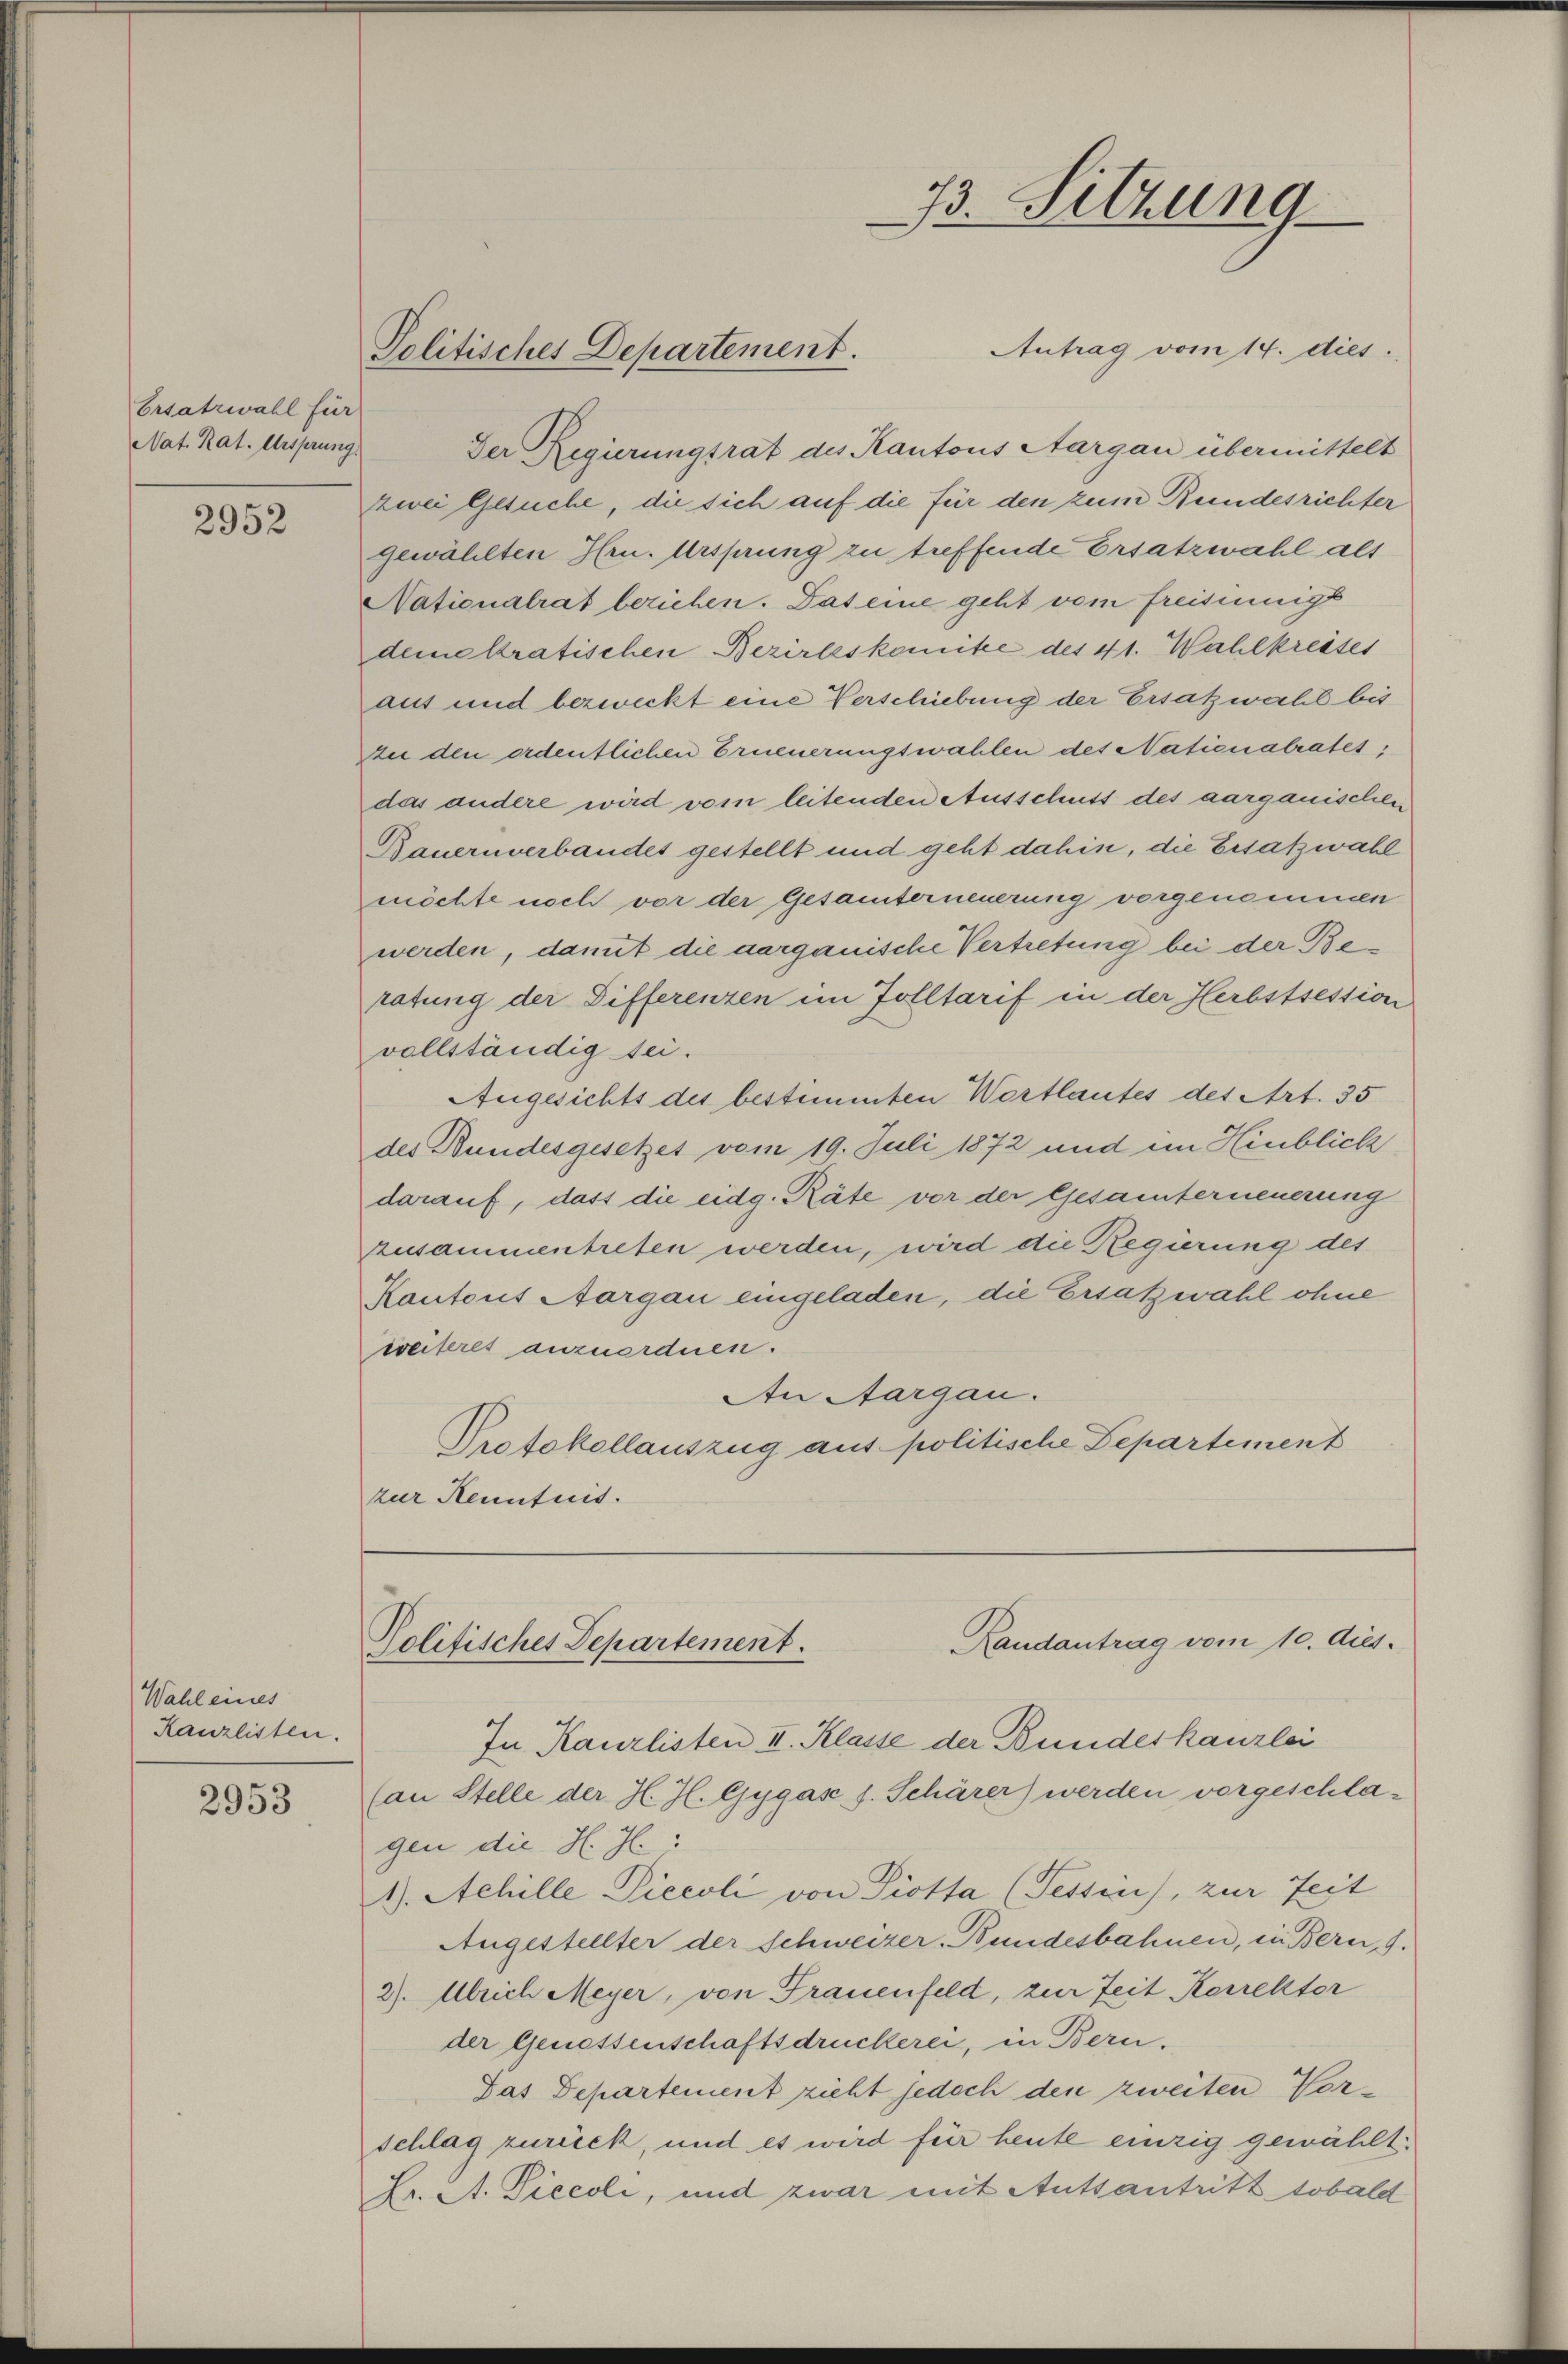
Ersatzwahl für
Nat. Rat. Ursprung

2952

Wahl eines
Kanzlisten.

2953

Antrag vom 14. dies
Der Regierungsrat des Kantons Aargau übermittelt
zwei Gesuche, die sich auf die für den zum Bundesrichter
gewählten Hrn. Ursprung zu treffende Ersatzwahl alt
Nationalrat beziehen. Das eine geht vom freisinnigt
demokratischen Bezirkskomitee des 41. Wahlkreises
aus und bezweckt eine Verschiebung der Ersatzwahl bis
In den ordentlichen Erneuerungswahlen des Nationalratet,
das andere wird vom leitenden Ausschuss des aarganischen
Bauernverbandes gestellt und geht dahin, die Ersatzwahl
möchte noch vor der Gesamterneuerung vorgenommen
werden, damit die aargauische Vertretung bei der Beratung der Differenzen im Zolltarif in der Herbstsession
vollständig sei.
Angesichts des bestimmten Wortlautes des Art. 35
des Bundesgesetzes vom 19. Juli 1872 und im Hinblick
darauf, dass die eidg. Räte vor der Gesamterneuerung
zusammentreten werden, wird die Regierung des
Kantons Aargau eingeladen, die Ersatzwahl ohne
weiteres anzuordnen.
An Aargau.
Protokollauszug aus politische Departement
zur Kenntnis.

Politisches Departement.

73. Sitzung

Randantrag vom 10. Aus-
Politisches Departement.

In Kanzlisten II. Klasse der Bundeskanzlei
(an Stelle der H. J. Gygase f. Schärer) werden vorgeschlagen die H. H:
1). Achille Piecoli von Piotta (Tessin, zur Zeit
Angestellter der Schweizer-Bundesbahnen, in Bern, 9.
2). Ulrich Meyer, von Frauenfeld, zur Zeit Korrektor
der Genossenschaftsdruckerei, in Bern.
Das Departement zieht jedoch den zweiten Vorschlag zurück, und es wird für heute einzig gewählt.
Dr. St. Piccoli, und zwar mit Autsantritt sobald